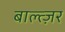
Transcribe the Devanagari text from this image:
बाल्त्ज़र